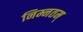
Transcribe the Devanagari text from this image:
निम्नतम्